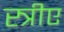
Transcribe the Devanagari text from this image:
स्त्रीए